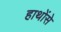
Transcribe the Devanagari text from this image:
हाथोंसे